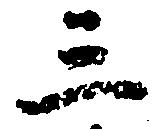
三